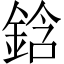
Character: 鋡